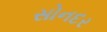
સોનદર